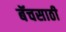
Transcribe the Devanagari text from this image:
बॅचसाठी